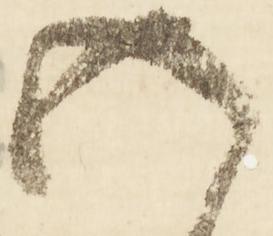
五